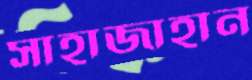
সাহাজাহান